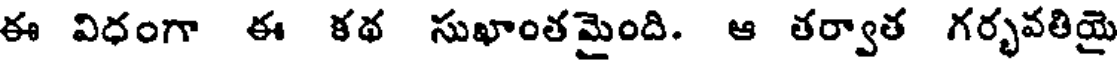
ఈ విధంగా ఈ కథ సుఖాంత మైంది. ఆ తర్వాత గర్భవతియై